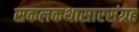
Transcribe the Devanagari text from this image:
सकलकथासारसंग्रह